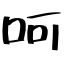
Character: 呵